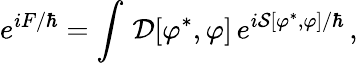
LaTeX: e^{iF/\hbar}=\int\, \mathcal{D}[\varphi^{*},\varphi]\, e^{i\mathcal{S}[\varphi^{*},\varphi]/\hbar}\, ,